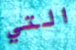
التي